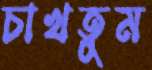
চাখতুম